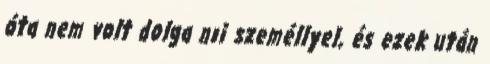
óta nem volt dolga nıi személlyel, és ezek után